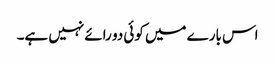
اس بارے میں کوئی دو رائے نہیں ہے۔